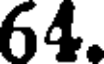
64.